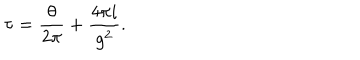
\tau = \frac { \theta } { 2 \pi } + \frac { 4 \pi i } { g ^ { 2 } } .